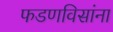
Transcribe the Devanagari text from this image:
फडणविसांना